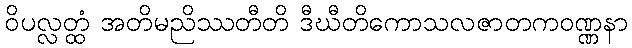
ဝိပလ္လတ္ထံ အတိမညိဿတီတိ ဒီဃီတိကောသလဇာတကဝဏ္ဏနာ